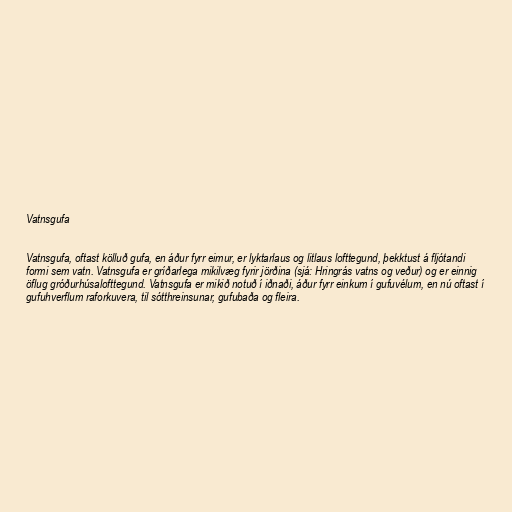
Vatnsgufa

Vatnsgufa, oftast kölluð gufa, en áður fyrr eimur, er lyktarlaus og litlaus lofttegund, þekktust á fljótandi
formi sem vatn. Vatnsgufa er gríðarlega mikilvæg fyrir jörðina (sjá: Hringrás vatns og veður) og er einnig
öflug gróðurhúsalofttegund. Vatnsgufa er mikið notuð í iðnaði, áður fyrr einkum í gufuvélum, en nú oftast í
gufuhverflum raforkuvera, til sótthreinsunar, gufubaða og fleira.